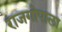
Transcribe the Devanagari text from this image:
राजगोपाला